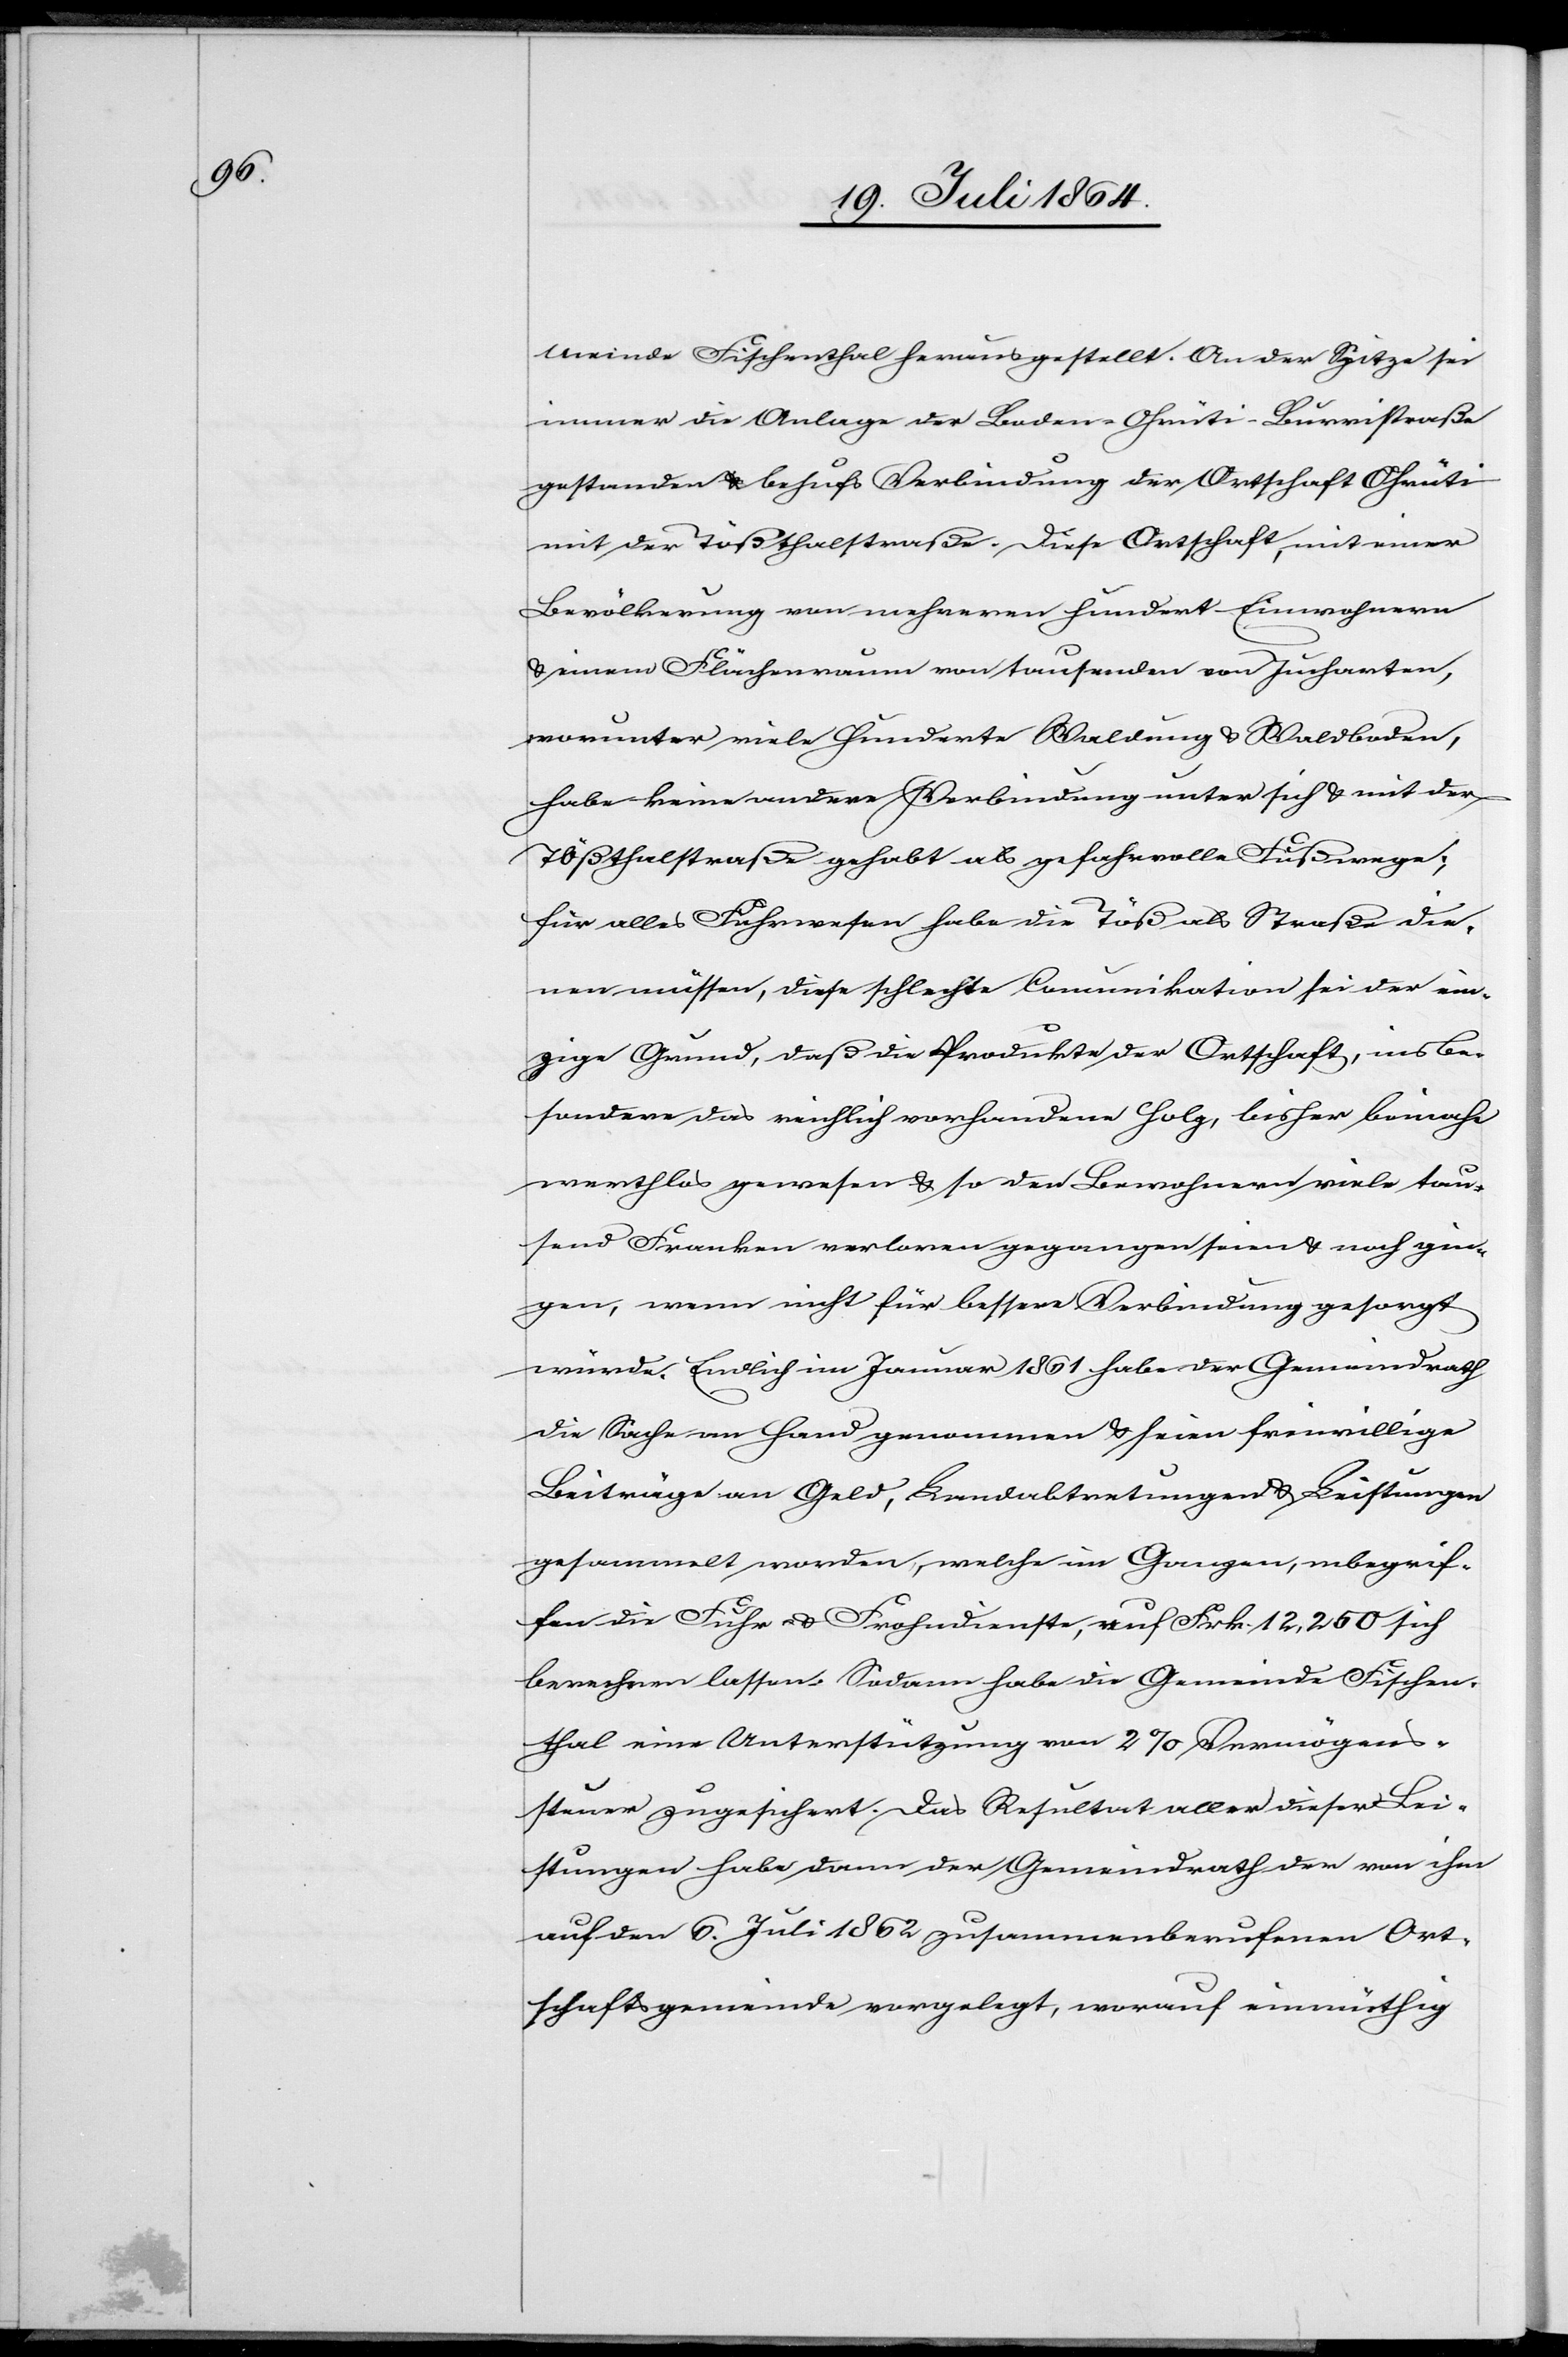
meinde Fischenthal herausgestellt. An der Spitze sei
immer die Anlage der Boden–Ohrüti–Burristraße
gestanden behufs Verbindung der Ortschaft Ohrüti
mit der Tößthalstraße. Diese Ortschaft, mit einer
Bevölkerung von mehreren hundert Einwohnern
u. einem Flächenraum von tausenden von Jucharten,
worunter viele Hunderte Waldung u. Waldboden,
habe keine andere Verbindung unter sich u. mit der
Tößthalstraße gehabt als gefahrvolle Fußwege;
für alles Fuhrwesen habe die Töß als Straße die¬
nen müssen, diese schlechte Communikation sei der ein¬
zige Grund, daß die Produkte der Ortschaft, insbe¬
sondere das reichlich vorhandene Holz, bisher beinahe
werthlos gewesen u. so den Bewohnern viele tau¬
send Franken verloren gegangen seien u. noch gin¬
gen, wenn nicht für bessere Verbindung gesorgt
würde. Endlich im Januar 1861 habe der Gemeindrath
die Sache an Hand genommen u. seien freiwillige
Beiträge an Geld, Landabtretungen u. Leistungen
gesammelt worden, welche im Ganzen, inbegrif¬
fen die Fuhr- u. Frohndienste, auf Frk. 12,250 sich
berechnen lassen. Sodann habe die Gemeinde Fischen¬
thal eine Unterstützung von 2% Vermögens¬
steuer zugesichert. Das Resultat aller dieser Lei¬
stungen habe dann der Gemeindrath der von ihm
auf den 6. Juli 1862 zusammenberufenen Ort¬
schaftsgemeinde vorgelegt, worauf einmüthig